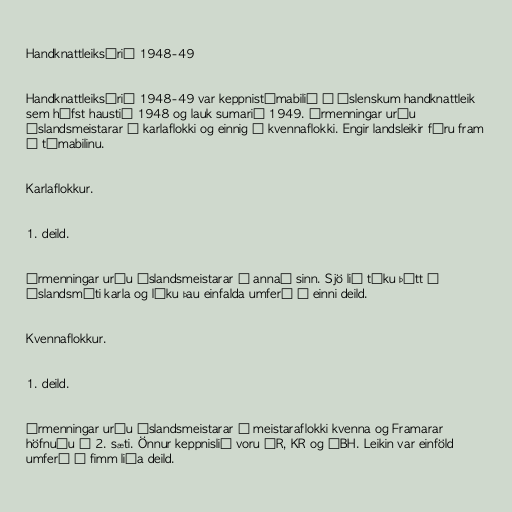
Handknattleiksárið 1948-49

Handknattleiksárið 1948-49 var keppnistímabilið í íslenskum handknattleik
sem hófst haustið 1948 og lauk sumarið 1949. Ármenningar urðu
Íslandsmeistarar í karlaflokki og einnig í kvennaflokki. Engir landsleikir fóru fram
á tímabilinu.

Karlaflokkur.

1. deild.

Ármenningar urðu Íslandsmeistarar í annað sinn. Sjö lið tóku þátt í
Íslandsmóti karla og léku þau einfalda umferð í einni deild.

Kvennaflokkur.

1. deild.

Ármenningar urðu Íslandsmeistarar í meistaraflokki kvenna og Framarar
höfnuðu í 2. sæti. Önnur keppnislið voru ÍR, KR og ÍBH. Leikin var einföld
umferð í fimm liða deild.